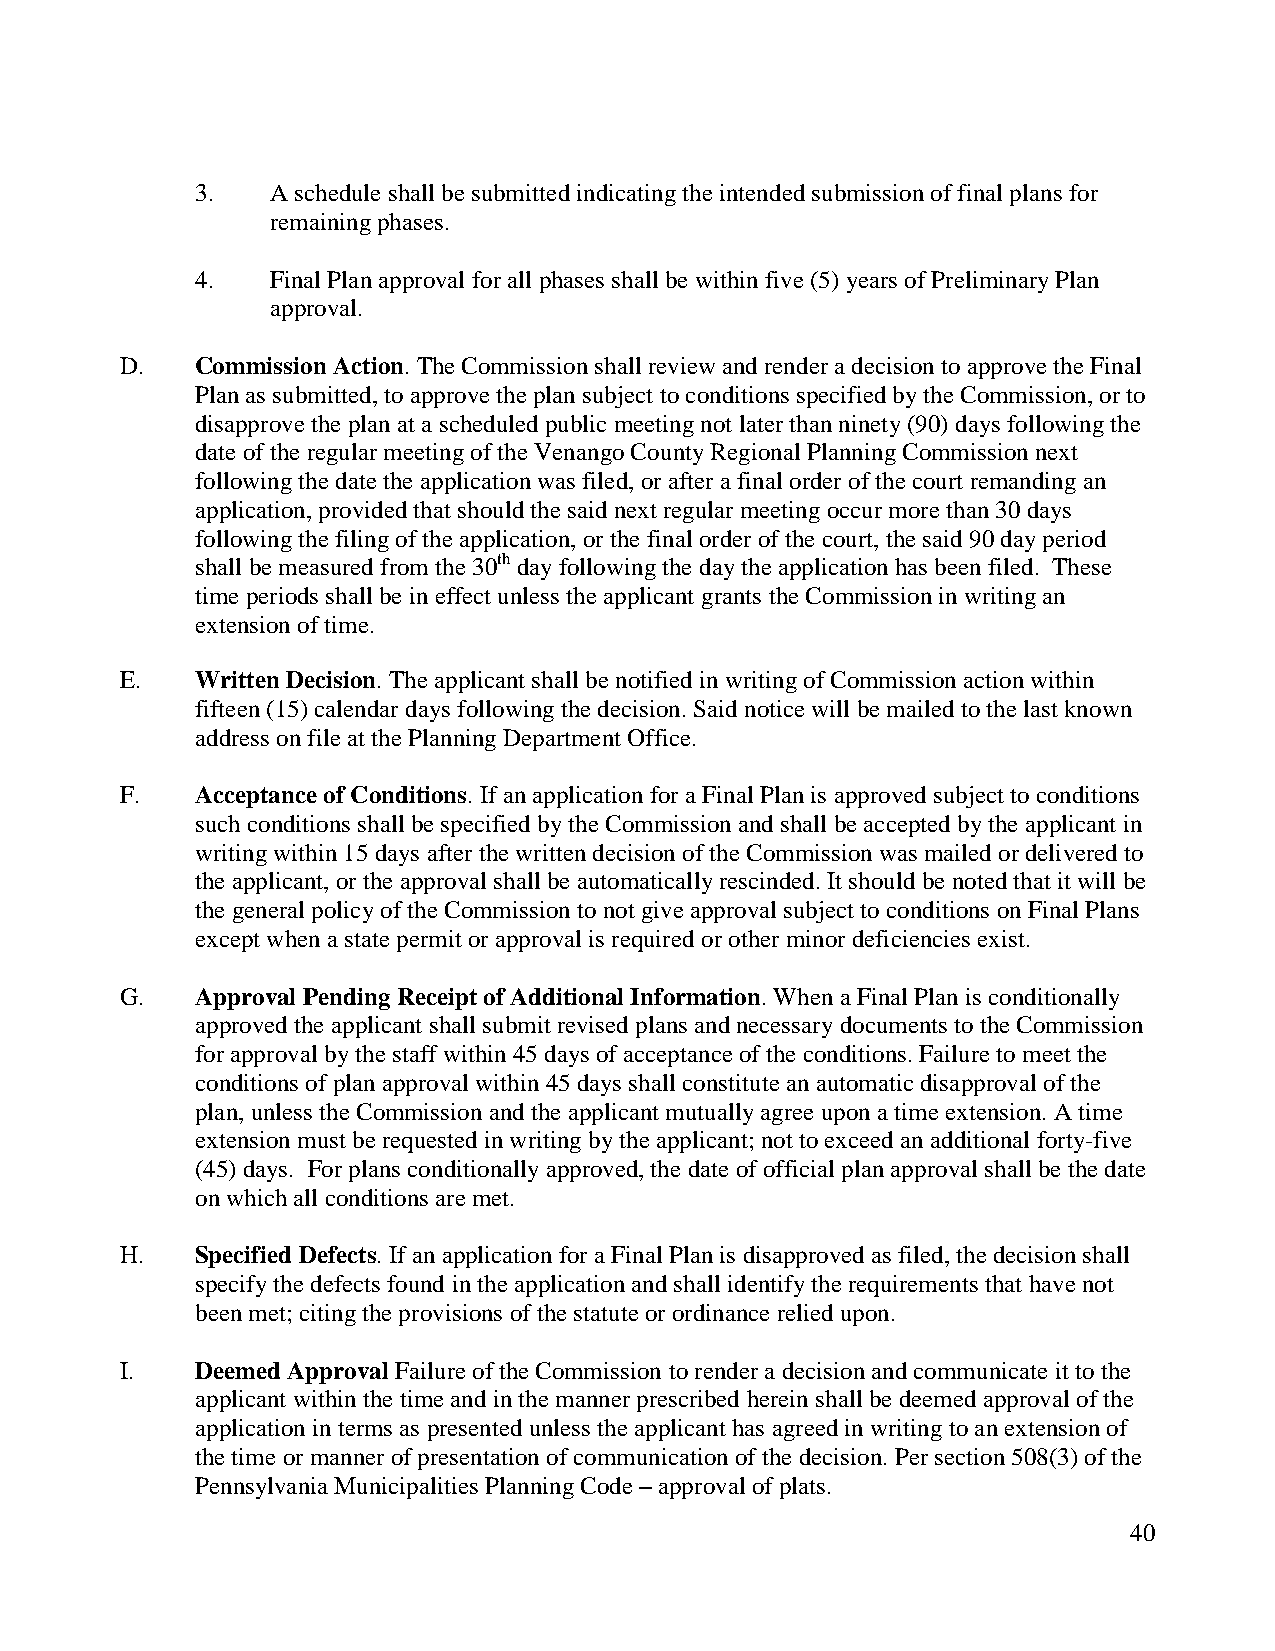
3.   A schedule shall be submitted indicating the intended submission of final plans for
 remaining phases.
 4.   Final Plan approval for all phases shall be within five (5) years of Preliminary Plan
 approval.
 D.   Commission Action. The Commission shall review and render a decision to approve the Final
 Plan as submitted, to approve the plan subject to conditions specified by the Commission, or to
 disapprove the plan at a scheduled public meeting not later than ninety (90) days following the
 date of the regular meeting of the Venango County Regional Planning Commission next
 following the date the application was filed, or after a final order of the court remanding an
 application, provided that should the said next regular meeting occur more than 30 days
 following the filing of the application, or the final order of the court, the said 90 day period
 shall be measured from the 30th day following the day the application has been filed. These
 time periods shall be in effect unless the applicant grants the Commission in writing an
 extension of time.
 E.   Written Decision. The applicant shall be notified in writing of Commission action within
 fifteen (15) calendar days following the decision. Said notice will be mailed to the last known
 address on file at the Planning Department Office.
 F.   Acceptance of Conditions. If an application for a Final Plan is approved subject to conditions
 such conditions shall be specified by the Commission and shall be accepted by the applicant in
 writing within 15 days after the written decision of the Commission was mailed or delivered to
 the applicant, or the approval shall be automatically rescinded. It should be noted that it will be
 the general policy of the Commission to not give approval subject to conditions on Final Plans
 except when a state permit or approval is required or other minor deficiencies exist.
 G.   Approval Pending Receipt of Additional Information. When a Final Plan is conditionally
 approved the applicant shall submit revised plans and necessary documents to the Commission
 for approval by the staff within 45 days of acceptance of the conditions. Failure to meet the
 conditions of plan approval within 45 days shall constitute an automatic disapproval of the
 plan, unless the Commission and the applicant mutually agree upon a time extension. A time
 extension must be requested in writing by the applicant; not to exceed an additional forty-five
 (45) days. For plans conditionally approved, the date of official plan approval shall be the date
 on which all conditions are met.
 H.   Specified Defects. If an application for a Final Plan is disapproved as filed, the decision shall
 specify the defects found in the application and shall identify the requirements that have not
 been met; citing the provisions of the statute or ordinance relied upon.
 I.   Deemed Approval Failure of the Commission to render a decision and communicate it to the
 applicant within the time and in the manner prescribed herein shall be deemed approval of the
 application in terms as presented unless the applicant has agreed in writing to an extension of
 the time or manner of presentation of communication of the decision. Per section 508(3) of the
 Pennsylvania Municipalities Planning Code – approval of plats.
 40